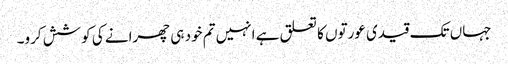
جہاں تک قیدی عورتوں کا تعلق ہے انہیں تم خود ہی چھرانے کی کوشش کرو۔